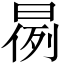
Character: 𣈙